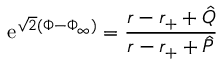
\mathrm { e } ^ { \sqrt { 2 } ( \Phi - \Phi _ { \infty } ) } = { \frac { r - r _ { + } + \hat { Q } } { r - r _ { + } + \hat { P } } }